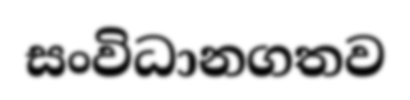
සංවිධානගතව